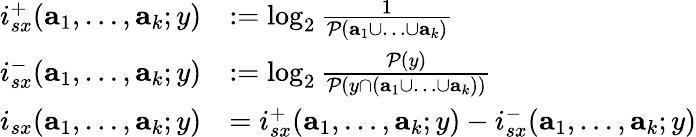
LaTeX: \begin{array}{rl}{i_{sx}^{+}(\textbf{a}_{1},\ldots,\textbf{a}_{k};y)}&{:=\log_{2}\frac{1}{\mathcal{P}(\textbf{a}_{1}\cup\ldots\cup\textbf{a}_{k})}}\\ {i_{sx}^{-}(\textbf{a}_{1},\ldots,\textbf{a}_{k};y)}&{:=\log_{2}\frac{\mathcal{P}(y)}{\mathcal{P}(y\cap(\textbf{a}_{1}\cup\ldots\cup\textbf{a}_{k}))}}\\ {i_{sx}(\textbf{a}_{1},\ldots,\textbf{a}_{k};y)}&{=i_{sx}^{+}(\textbf{a}_{1},\ldots,\textbf{a}_{k};y)-i_{sx}^{-}(\textbf{a}_{1},\ldots,\textbf{a}_{k};y)}\end{array}